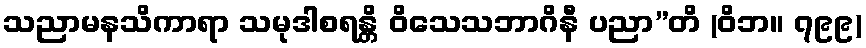
သညာမနသိကာရာ သမုဒါစရန္တိ ဝိသေသဘာဂိနီ ပညာ”တိ (ဝိဘ။ ၇၉၉)